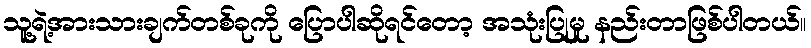
သူ့ရဲ့အားသားချက်တစ်ခုကို ပြောပါဆိုရင်တော့ အသုံးပြုမှု နည်းတာဖြစ်ပါတယ်။